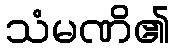
သံမဏိ၏